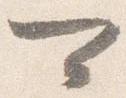
可